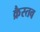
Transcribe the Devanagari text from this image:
क्रैस्तव